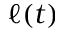
\ell ( t )